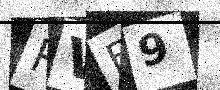
Text: RVB9